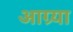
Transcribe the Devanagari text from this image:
आग्र्या